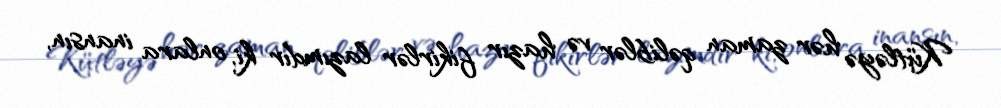
Kütləyə hər zaman qəliblər və hazır fikirlər lazımdır ki, onlara inansın,